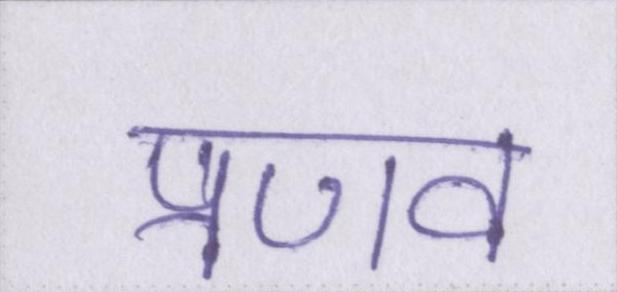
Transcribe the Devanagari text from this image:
प्रणव